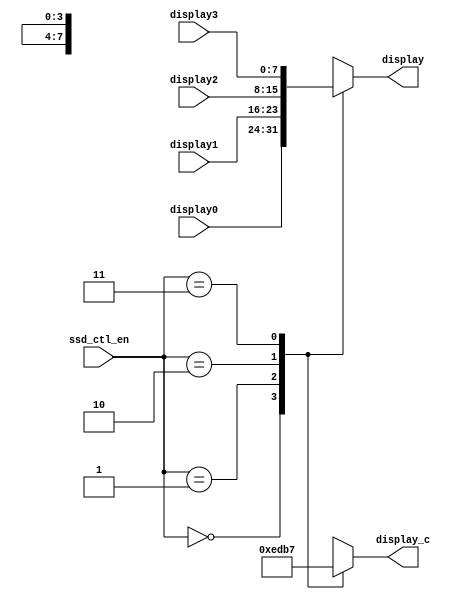
`timescale 1ns / 1ps
//////////////////////////////////////////////////////////////////////////////////
// Company: 
// Engineer: 
// 
// Design Name: 
// Module Name: ssd_ctl
// Project Name: 
// Target Devices: 
// Tool Versions: 
// Description: 
// 
// Dependencies: 
// 
// Revision:
// Revision 0.01 - File Created
// Additional Comments:
// 
//////////////////////////////////////////////////////////////////////////////////


module ssd_ctl(
     display,
     ssd_ctl_en,
     display0,
     display1,
     display2,
     display3,
     display_c
    );
    output reg [7:0] display;
    input [1:0] ssd_ctl_en;
    input [7:0] display0;
    input [7:0] display1;
    input [7:0] display2;
    input [7:0] display3;
    output reg [3:0] display_c;
    
    always@(ssd_ctl_en)
        case(ssd_ctl_en)
        2'b00 :   display = display0;
        2'b01 :   display = display1;
        2'b10 :   display = display2;
        2'b11 :   display = display3;
        default : display = 8'b11111111;
        endcase
    
    always@(ssd_ctl_en)
        case(ssd_ctl_en)
        2'b00 :   display_c = 4'b1110;
        2'b01 :   display_c = 4'b1101;
        2'b10 :   display_c = 4'b1011;
        2'b11 :   display_c = 4'b0111;
        default : display_c = 4'b1111; 
        endcase
        
endmodule